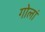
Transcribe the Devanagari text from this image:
गोलां